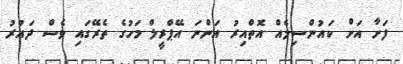
ފަށާ އަަށް ކައުންސިލެއް އޮތްއިރު އަންނަ އޭޕްރީލް މަހުގެ ތެރޭގައި ވެސް ދައުރު